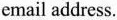
email address.